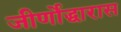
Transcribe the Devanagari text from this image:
जीर्णोद्धारास